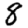
Digit: 8